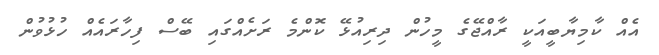
އެއް ކާމިޔާބީއަކީ ރާއްޖޭގެ މީހުން ދިރިއުޅޭ ކޮންމެ ރަށެއްގައި ބޭސް ފިހާރައެއް ހުޅުވުން